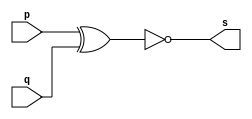
//---------------------
// Exercicio0003 - XNOR
// Nome: Felipe Barros
//---------------------

module xnorgate (output s, input p, input q);

assign s = ~(p^q);

endmodule

//---------------------
 

//-- teste de modulo


module testxnorgate;

reg a, b;// entrada
wire s; // saida

xnorgate XNOR1 (s, a, b);

initial begin: start
a=0; b=0;
end


// parte principal

initial begin

$display ( "test xnorgate");
$display ("\na  b = s\n");
a=0; b=0;
#1 $display ("%b  %b = %b", a, b, s);
a=0; b=1;
#1 $display ("%b  %b = %b", a, b, s);
a=1; b=0;
#1 $display (" %b %b = %b", a, b, s);
a=1; b=1;
#1 $display (" %b %b = %b", a, b, s);

end

endmodule